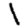
Digit: 1